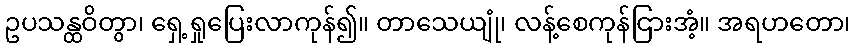
ဥပသန္ထဝိတွာ၊ ရှေ့ရှုပြေးလာကုန်၍။ တာသေယျုံ၊ လန့်စေကုန်ငြားအံ့။ အရဟတော၊